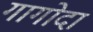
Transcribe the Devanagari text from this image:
गागोदा